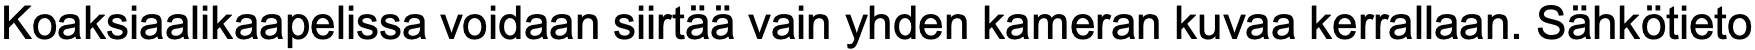
Koaksiaalikaapelissa voidaan siirtää vain yhden kameran kuvaa kerrallaan. Sähkötieto